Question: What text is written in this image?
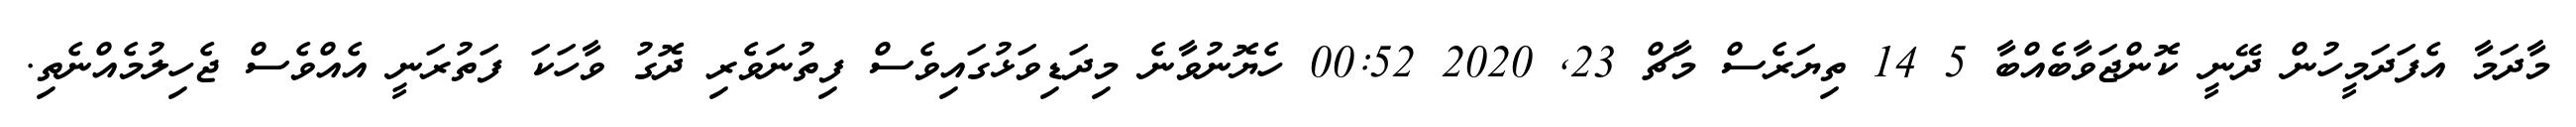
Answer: މާދަމާ އެފަދަމީހުން ދޭނީ ކޮންޖަވާބެއްބާ 5 14 ތިޔަރެސް މާޗް 23, 2020 00:52 ހެޔޮނުވާނެ މިދަޑިވަޅުގައިވެސް ފިތުނަވެރި ދޮގު ވާހަކަ ފަތުރަނީ އެއްވެސް ޖެހިލުމެއްނެތި.